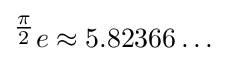
{}^{\tfrac {\pi }{2}}e\approx 5.82366\ldots